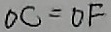
O C = O F